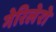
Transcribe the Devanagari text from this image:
गेरिलेरो